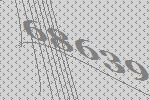
68639